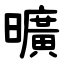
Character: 曠